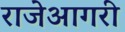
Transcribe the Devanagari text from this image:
राजेआगरी